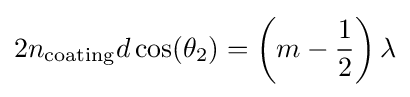
2n_{\rm {coating}}d\cos(\theta _{2})=\left(m-{\frac {1}{2}}\right)\lambda